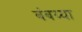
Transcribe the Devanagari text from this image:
बंबय्या